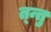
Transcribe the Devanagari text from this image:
त्न्तु